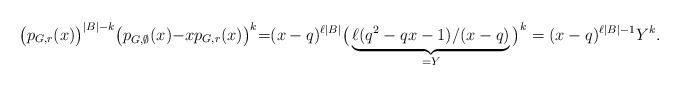
LaTeX: \begin{align*}\big(p_{G,r}(x)\big)^{|B|{-}k}\big(p_{G,\emptyset}(x){-}xp_{G,r}(x)\big)^{k}{=} (x-q)^{\ell|B|}\big(\underbrace{\ell(q^2-qx-1)/(x-q)}_{=Y}\big)^k=(x-q)^{\ell|B|-1}Y^k.\end{align*}